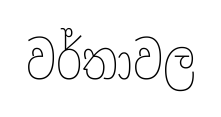
වර්තාවල